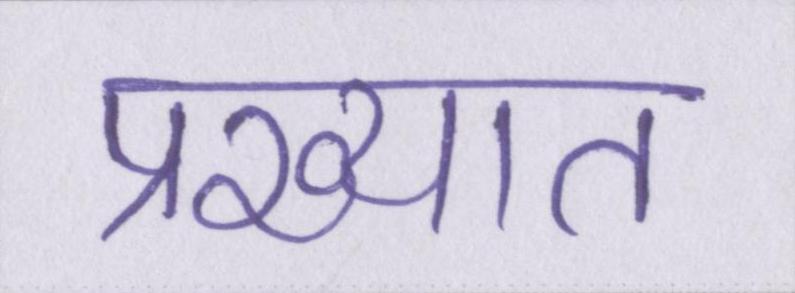
प्रख्यात